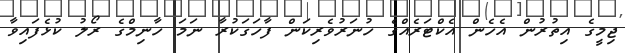
ޖިމީގެ އިތުރުން އެހެން އެކްޓަރެއްގެ ހުނަރުވެރިކަން ފާހަގަކުރާ ނަމަ ހާނިމްގެ ރޯލު ކުޅެފައިވާ